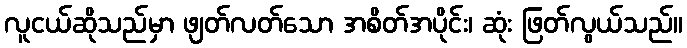
လူငယ်ဆိုသည်မှာ ဖျတ်လတ်သော အစိတ်အပိုင်း၊ ဆုံး ဖြတ်လွယ်သည်။